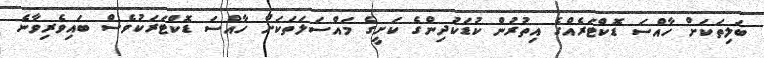
ބަލިތަކަށް ހާއްސަ ޑޮކްޓަރެއްގެ އިތުރުން ކުޑަކުދިންގެ ކަށީގެ މައްސަލަތަކަށް ހާއްސަ ޑޮކްޓަރަކުވެސް ބައިވެރިވާނެ